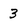
Character: 3